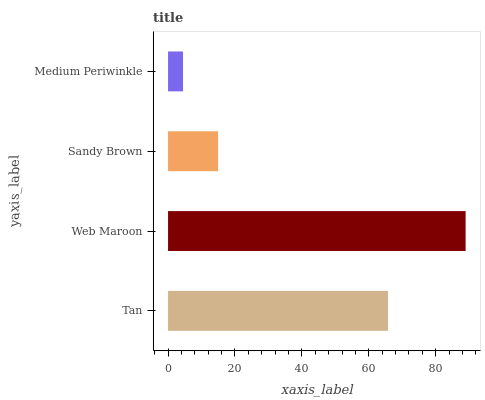
| yaxis_label | bars |
 | --- | --- |
 | Tan | 65.7 |
 | Web Maroon | 88.9 |
 | Sandy Brown | 15 |
 | Medium Periwinkle | 4.47 |